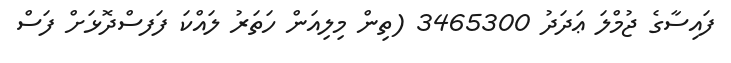
ފައިސާގެ ޖުމްލަ ޢަދަދު 3465300 (ތިން މިލިއަން ހަތަރު ލައްކަ ފަފސްދޮޅަށް ފަސް